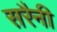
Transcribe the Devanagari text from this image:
सरैनी